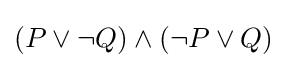
(P\lor \lnot Q)\land (\lnot P\lor Q)